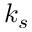
k _ { s }